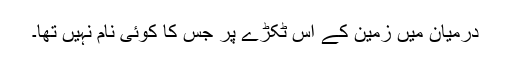
درمیان میں زمین کے اس ٹکڑے پر جس کا کوئی نام نہیں تھا۔